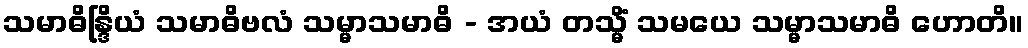
သမာဓိန္ဒြိယံ သမာဓိဗလံ သမ္မာသမာဓိ - အယံ တသ္မိံ သမယေ သမ္မာသမာဓိ ဟောတိ။